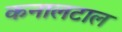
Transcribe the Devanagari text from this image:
कनालटाल